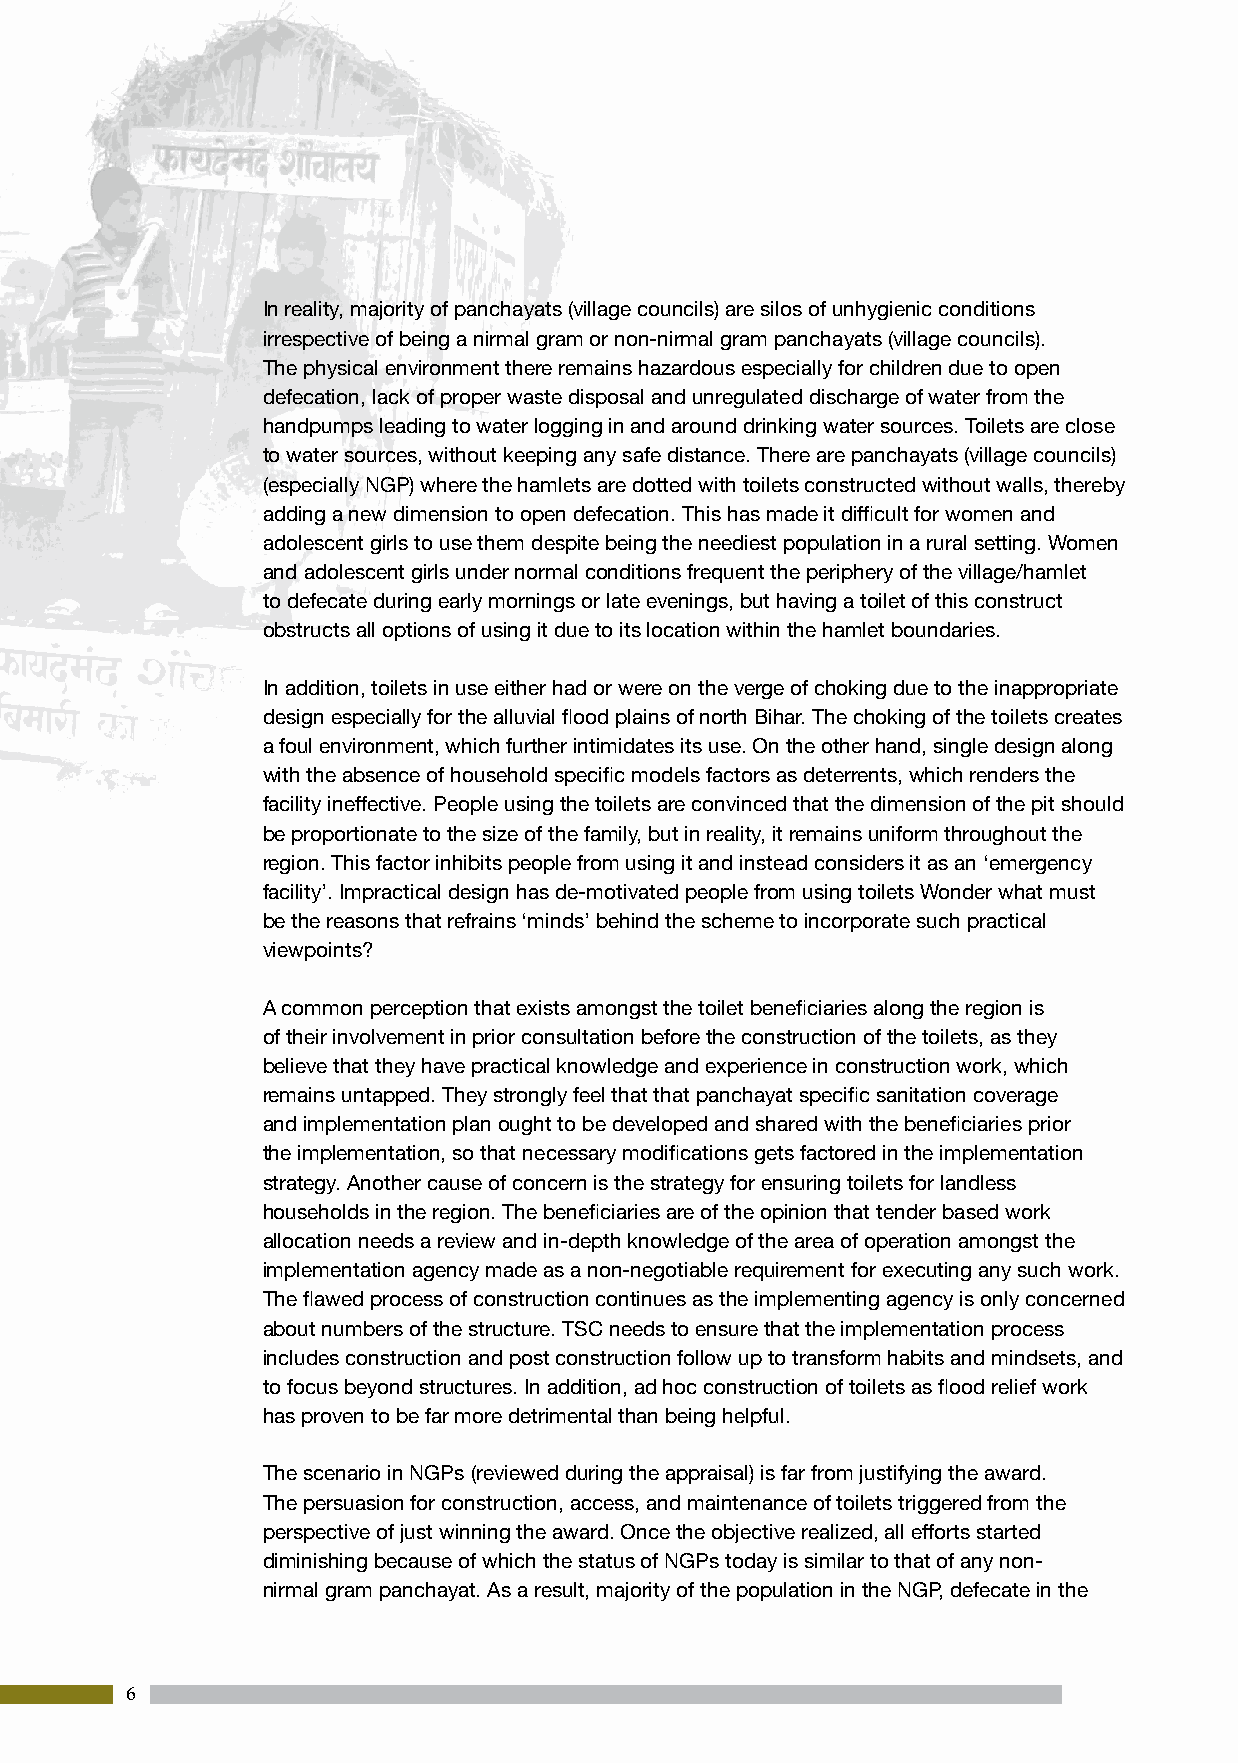
In reality, majority of panchayats (village councils) are silos of unhygienic conditions
 irrespective of being a nirmal gram or non-nirmal gram panchayats (village councils).
 The physical environment there remains hazardous especially for children due to open
 defecation, lack of proper waste disposal and unregulated discharge of water from the
 handpumps leading to water logging in and around drinking water sources. Toilets are close
 to water sources, without keeping any safe distance. There are panchayats (village councils)
 (especially NGP) where the hamlets are dotted with toilets constructed without walls, thereby
 adding a new dimension to open defecation. This has made it difficult for women and
 adolescent girls to use them despite being the neediest population in a rural setting. Women
 and adolescent girls under normal conditions frequent the periphery of the village/hamlet
 to defecate during early mornings or late evenings, but having a toilet of this construct
 obstructs all options of using it due to its location within the hamlet boundaries.
 In addition, toilets in use either had or were on the verge of choking due to the inappropriate
 design especially for the alluvial flood plains of north Bihar. The choking of the toilets creates
 a foul environment, which further intimidates its use. On the other hand, single design along
 with the absence of household specific models factors as deterrents, which renders the
 facility ineffective. People using the toilets are convinced that the dimension of the pit should
 be proportionate to the size of the family, but in reality, it remains uniform throughout the
 region. This factor inhibits people from using it and instead considers it as an ‘emergency
 facility’. Impractical design has de-motivated people from using toilets Wonder what must
 be the reasons that refrains ‘minds’ behind the scheme to incorporate such practical
 viewpoints?
 A common perception that exists amongst the toilet beneficiaries along the region is
 of their involvement in prior consultation before the construction of the toilets, as they
 believe that they have practical knowledge and experience in construction work, which
 remains untapped. They strongly feel that that panchayat specific sanitation coverage
 and implementation plan ought to be developed and shared with the beneficiaries prior
 the implementation, so that necessary modifications gets factored in the implementation
 strategy. Another cause of concern is the strategy for ensuring toilets for landless
 households in the region. The beneficiaries are of the opinion that tender based work
 allocation needs a review and in-depth knowledge of the area of operation amongst the
 implementation agency made as a non-negotiable requirement for executing any such work.
 The flawed process of construction continues as the implementing agency is only concerned
 about numbers of the structure. TSC needs to ensure that the implementation process
 includes construction and post construction follow up to transform habits and mindsets, and
 to focus beyond structures. In addition, ad hoc construction of toilets as flood relief work
 has proven to be far more detrimental than being helpful.
 The scenario in NGPs (reviewed during the appraisal) is far from justifying the award.
 The persuasion for construction, access, and maintenance of toilets triggered from the
 perspective of just winning the award. Once the objective realized, all efforts started
 diminishing because of which the status of NGPs today is similar to that of any non-
 nirmal gram panchayat. As a result, majority of the population in the NGP, defecate in the
 6